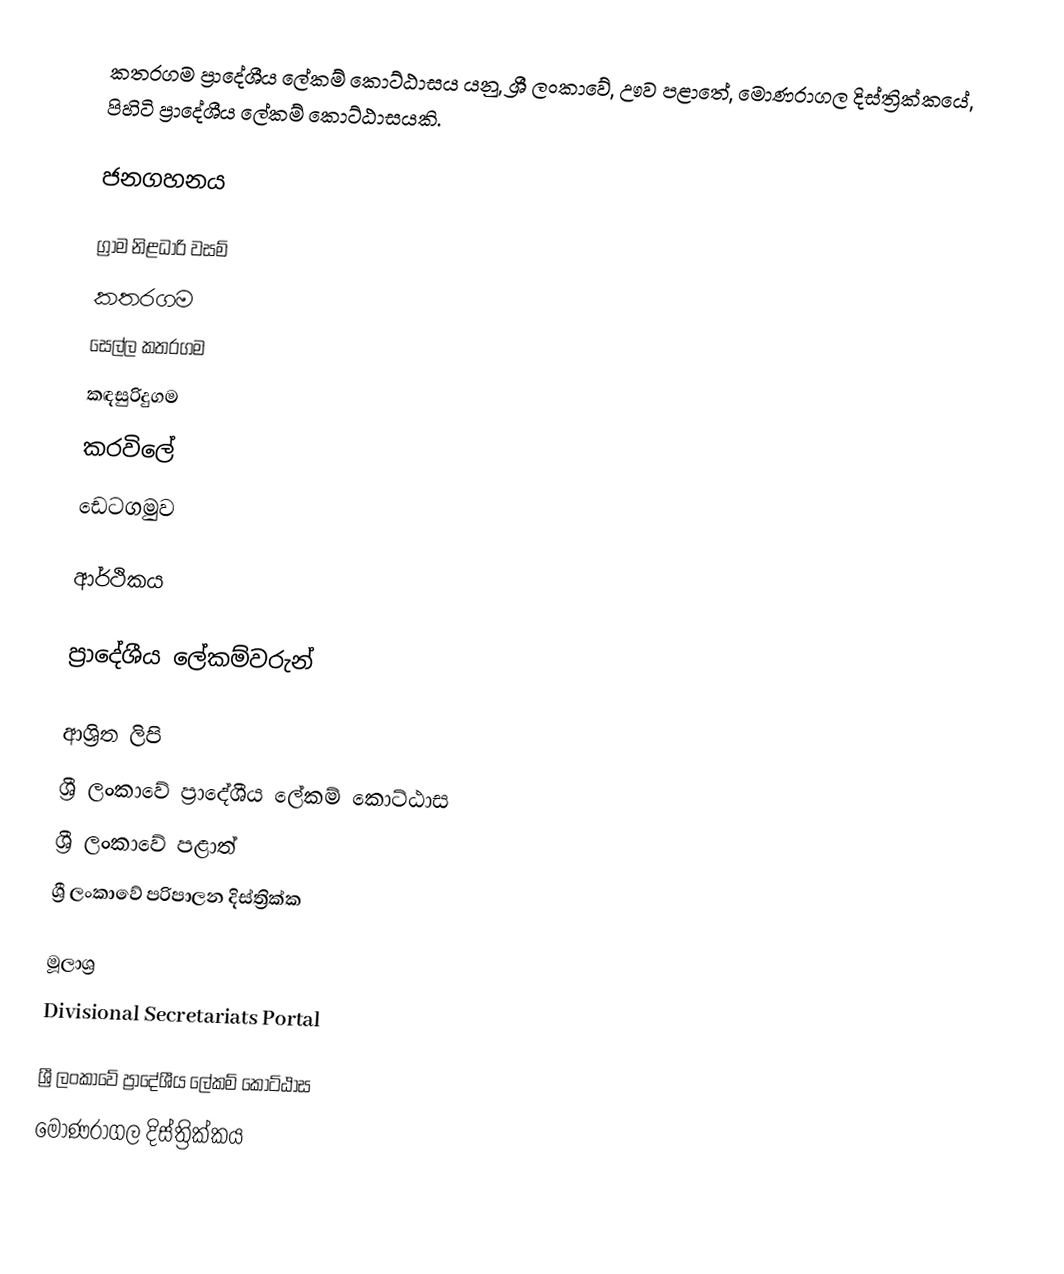
කතරගම ප්‍රාදේශීය ලේකම් කොට්ඨාසය යනු,  ශ්‍රී ලංකාවේ, ඌව පළාතේ,   මොණරාගල දිස්ත්‍රික්කයේ, පිහිටි ප්‍රාදේශීය ලේකම් කොට්ඨාසයකි.

ජනගහනය

ග්‍රාම නිළධාරි වසම්
කතරගම
සෙල්ල කතරගම
කඳසුරිදුගම
කරවිලේ
ඩෙටගමුව

ආර්ථිකය

ප්‍රාදේශීය ලේකම්වරුන්

ආශ්‍රිත ලිපි
ශ්‍රී ලංකාවේ ප්‍රාදේශීය ලේකම් කොට්ඨාස
ශ්‍රී ලංකාවේ පළාත්
ශ්‍රී ලංකාවේ පරිපාලන දිස්ත්‍රික්ක

මූලාශ්‍ර
 Divisional Secretariats Portal

ශ්‍රී ලංකාවේ ප්‍රාදේශීය ලේකම් කොට්ඨාස
මොණරාගල දිස්ත්‍රික්කය